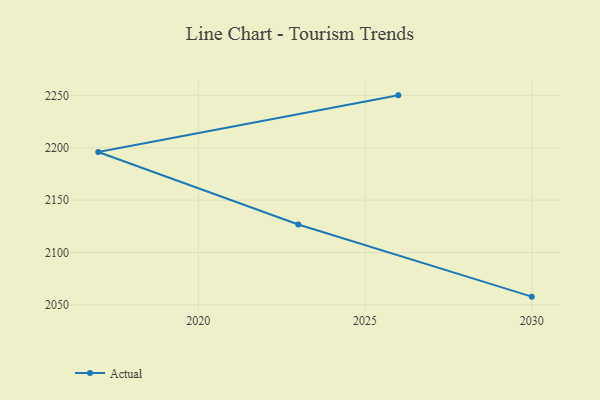
{"axis": {"x": "Year", "y": "Churn Rate (%)"}, "legend": ["Actual"], "data": [{"x": "2026", "y": 2250.0, "type": "Actual"}, {"x": "2017", "y": 2195.9, "type": "Actual"}, {"x": "2023", "y": 2126.8, "type": "Actual"}, {"x": "2030", "y": 2057.9, "type": "Actual"}]}